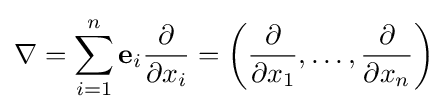
\nabla =\sum _{i=1}^{n}\mathbf {e} _{i}{\partial  \over \partial x_{i}}=\left({\partial  \over \partial x_{1}},\ldots ,{\partial  \over \partial x_{n}}\right)